Scotch Education Department, 1911
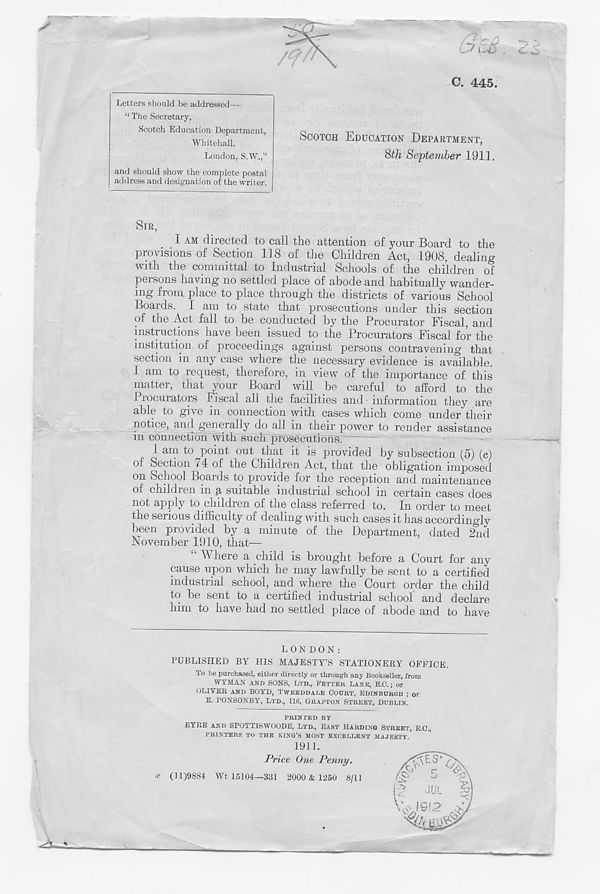
c. 445.
SCOTCH EDUCATION DEPARTMENT,
8th September 1911.
I AM directed to call the attention of your Board to the
provisions of Section 118 of the Children Act, 1908, dealing
with the committal to Industrial Schools of the children of
persons having no settled place of abode and habitually wander-
ing from place to place through the districts of various School
Loai ds. I am to state that prosecutions under this section
of the Act fall to be conducted by the Procurator Fiscal, and
instructions have been issued to the Procurators Fiscal for the
institution, of proceedings against persons contravening that
section in any case where the necessary evidence is available.
I am to request, therefore, in view of the importance of this
matter, that your Board will be careful to afford to the
Procurators Fiscal all the facilities and information they are
able to give in connection with cases which come under their
notice, and generally do all in their power to render assistance
in connection with such prosecutions.
1 am to point out that it is provided by subsection (5) (c)
oi Section /4 of the Children Act, that the obligation imposed
on School Boards to provide for the reception and maintenance
of children in a suitable industrial school in certain cases does
not apply to children of the class referred to. In order to meet
the serious difficulty of dealing with such cases it has accordingly
been provided by a minute of the Department, dated 2nd
November 1910, that—
“ Where a child is brought before a Court for any
cause upon which he may lawfully be sent to a certified
industrial school, and where the Court order the child
to be sent to a certified industrial school and declare
him to have had no settled place of abode and to have
Letters should be addressed—
“ The Secretary,
Scotch Education Department,
Whitehall,
London, S.W.,”
and should show the complete postal
address and designation of the writer.
SIR,
LONDON:
PUBLISHED BY HIS MAJESTY’S STATIONERY OFFICE.
To be purchased, either directly or through any Bookseller, from
WYMAN AND SONS, LTD., TETTER LANE, E.O.; or
OLIVER AND BOYD, TWEEDDALE COURT, EDINBURGH ; 0r
E. PONSONBY, LTD., 116, o RAI'TON STREET, DUBLIN.
■c
PRINTED BY
EYRE AND SPOTTISWOODE, LTD., EAST HARDING STREET, E.C.,
PRINTERS TO THE KING’S MOST EXCELLENT MAJESTY.’
1911.
Price One Penny.
(11)9884 Wt 15104—381 2000 & 1250 8/11